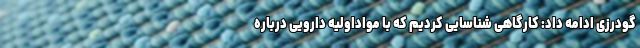
گودرزی ادامه داد: کارگاهی شناسایی کردیم که با مواداولیه دارویی درباره